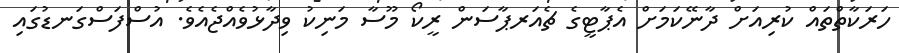
ހަރަކާތްތައް ކުރިއަށް ދާނޭކަމަށް އެޕާޓީގެ ޗެއަރޕާސަން ރީކޯ މޫސާ މަނިކު ވިދާޅުވެއްޖެއެވެ. އުސްފަސްގަނޑުގައި